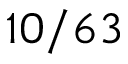
1 0 / 6 3